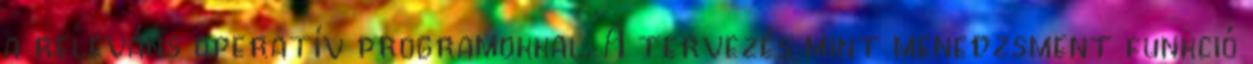
a releváns operatív programokkal. A tervezés mint menedzsment funkció